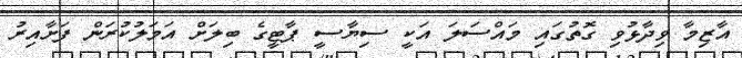
އާޒިމާ ވިދާޅުވި ގޮތުގައި މައްސަލަ އަކީ ސިޔާސީ ޕާޓީގެ ބިލަށް އަމަލުކުރަން ފަށާއިރު